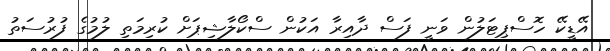
އޭޑީކޭ ހޮސްޕިޓަލުން ވަނީ ފަސް ދާއިރާ އަކުން ސްކޯލާޝިޕަށް ކުރިމަތި ލުމުގެ ފުރުސަތު